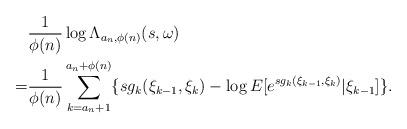
LaTeX: \begin{align*}&\frac{1}{\phi(n)}\log\Lambda_{a_n,\phi(n)}(s,\omega)\\=&\frac{1}{\phi(n)}\sum_{k=a_n+1}^{a_n+\phi(n)}\{sg_k(\xi_{k-1},\xi_{k})-\log{E[e^{sg_k(\xi_{k-1},\xi_k)}|\xi_{k-1}]}\}.\end{align*}